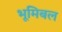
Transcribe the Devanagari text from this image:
भूमिबल